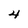
Character: 4